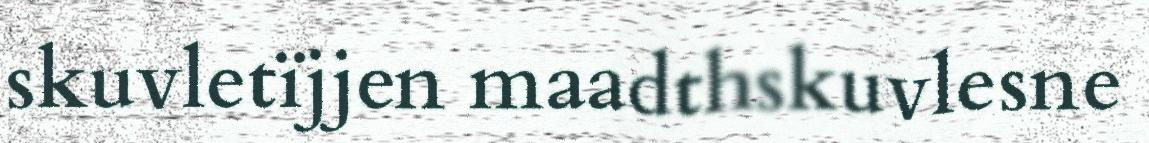
skuvletïjjen maadthskuvlesne